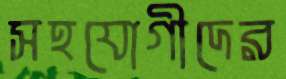
সহযোগীদের